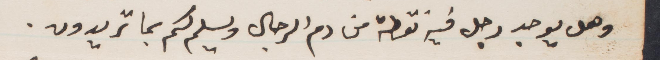
وهل يوجد رجل فيه نقطة من دم الرجال  ويسلم لكم بما تريدون.